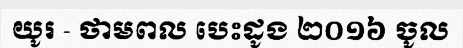
យូរ - ថាមពល បេះដូង ២០១៦ ចូល